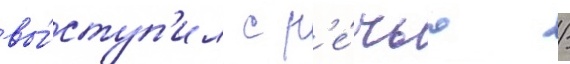
вы́ступ'ил с р'е́чью /